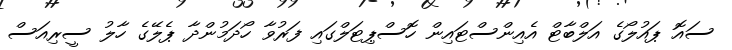
ސައޮ ޕައުލޯގެ އަލްބާޓް އެއިންސްޓައިން ހޮސްޕިޓަލްގައި ފަރުވާ ހޯދަމުންދާ ޕެލޭގެ ހާލު ސީރިއަސް